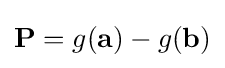
\mathbf {P} =g(\mathbf {a} )-g(\mathbf {b} )